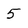
Character: 5